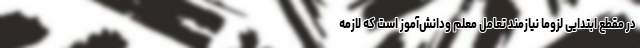
در مقطع ابتدایی لزوماً نیازمند تعامل معلم ودانش‌آموز است که لازمه